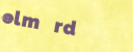
elm rd